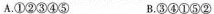
A.①②③④⑤ B.③④①⑤②